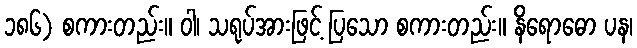
၁၈၆) စကားတည်း။ ဝါ၊ သရုပ်အားဖြင့် ပြသော စကားတည်း။ နိရောဓော ပန၊